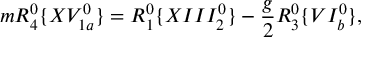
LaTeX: m R _ { 4 } ^ { 0 } \{ X V _ { 1 a } ^ { 0 } \} = R _ { 1 } ^ { 0 } \{ X I I I _ { 2 } ^ { 0 } \} - \frac { g } { 2 } R _ { 3 } ^ { 0 } \{ V I _ { b } ^ { 0 } \} ,